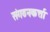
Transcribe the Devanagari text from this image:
संगठनकर्त्ता